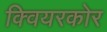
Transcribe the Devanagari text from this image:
क्वियरकोर